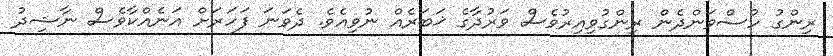
ރިންގު ހުސްވަންދެން ރިންގުވިއިރުވެސް ވަރުދާގެ ޚަބަރެއް ނުވިއެވެ. ދެވަނަ ފަހަރަށް އަނެއްކާވެސް ނާޝިދު